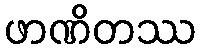
ဖာဏိတဿ